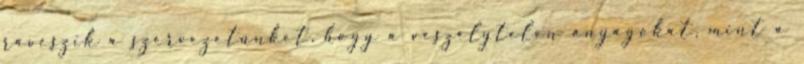
ráveszik a szervezetünket, hogy a veszélytelen anyagokat, mint a